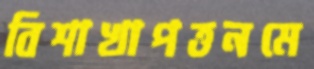
বিশাখাপত্তনমে